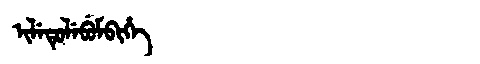
Manchu: ᡳᠯᡝᡨᡠᠯᡝᠪᡠᠮᠪᡳᡥᡝ
Romanization: ILETULEBUMBIHE